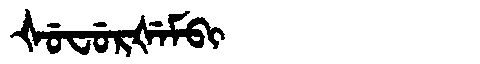
Manchu: ᡧᡠᠸᡠᡵᡧᡝᠮᠪᡳ
Romanization: ŠUFURŠEMBI